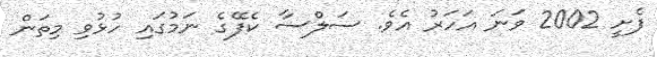
ފެށީ 2002 ވަނަ އަހަރު އެވެ. ސަލްސާ ކެފޭގެ ނަމުގައި ހުޅުވި މިތަން